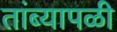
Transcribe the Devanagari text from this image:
तांब्यापळी